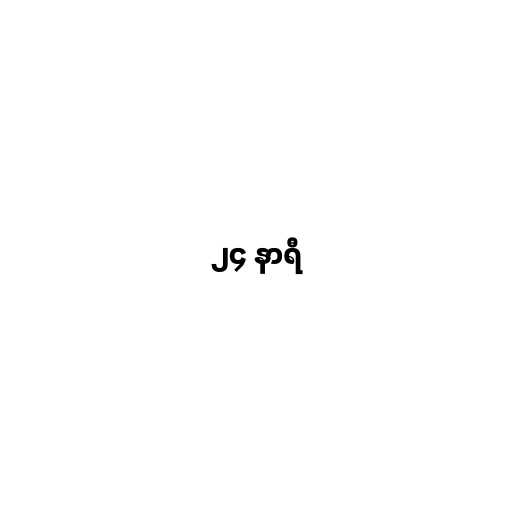
၂၄ နာရီ